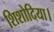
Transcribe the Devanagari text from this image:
शिशोदिया।